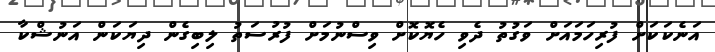
އަނެކަކަށް ފުރިހަމައަށް ވަގުތު ދެވި ހެޔޮކޮށް ވިސްނުމަށް ފުރުސަތު ލިބިގެން ދިޔަކަން އަނުޝްކާ